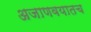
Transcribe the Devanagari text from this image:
अजाणवयातच